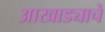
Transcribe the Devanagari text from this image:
आखाड्याचे